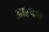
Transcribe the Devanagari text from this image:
आस्षाब